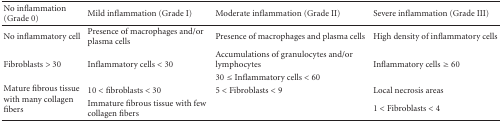
<table><thead><tr><td><b>No inflammation (Grade 0)</b></td><td><b>Mild inflammation (Grade I)</b></td><td><b>Moderate inflammation (Grade II)</b></td><td><b>Severe inflammation (Grade III)</b></td></tr></thead><tbody><tr><td>No inflammatory cell</td><td>Presence of macrophages and/or plasma cells</td><td>Presence of macrophages and plasma cells</td><td>High density of inflammatory cells</td></tr><tr><td rowspan="2">Fibroblasts &gt; 30</td><td rowspan="2">Inflammatory cells &lt; 30</td><td>Accumulations of granulocytes and/or lymphocytes</td><td rowspan="2">Inflammatory cells ≥ 60</td></tr><tr><td>30 ≤ Inflammatory cells &lt; 60</td></tr><tr><td rowspan="2">Mature fibrous tissue with many collagen fibers</td><td>10 &lt; fibroblasts &lt; 30</td><td>5 &lt; Fibroblasts &lt; 9</td><td>Local necrosis areas</td></tr><tr><td>Immature fibrous tissue with few collagen fibers</td><td></td><td>1 &lt; Fibroblasts &lt; 4</td></tr></tbody></table>